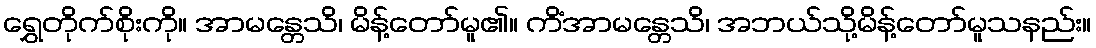
ရွှေတိုက်စိုးကို။ အာမန္တေသိ၊ မိန့်တော်မူ၏။ ကိံအာမန္တေသိ၊ အဘယ်သို့မိန့်တော်မူသနည်း။